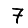
Digit: 7